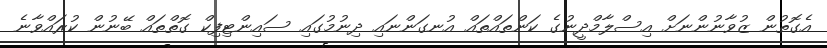
އެގޮތުން ޒުވާނުންނަށް އިސްލާމްދީނުގެ ކަންތައްތައް އުނގަންނައި ދިނުމުގައި ސައިންޓިފިކް ގޮތްތައް ބޭނުން ކުރައްވާނެ